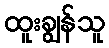
ထူးချွန်သူ